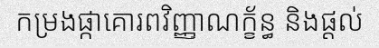
កម្រងផ្កាគោរពវិញ្ញាណក្ខ័ន្ធ និងផ្តល់